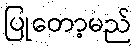
ပြုတော့မည်